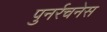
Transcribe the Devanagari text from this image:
पुनर्रचनेस